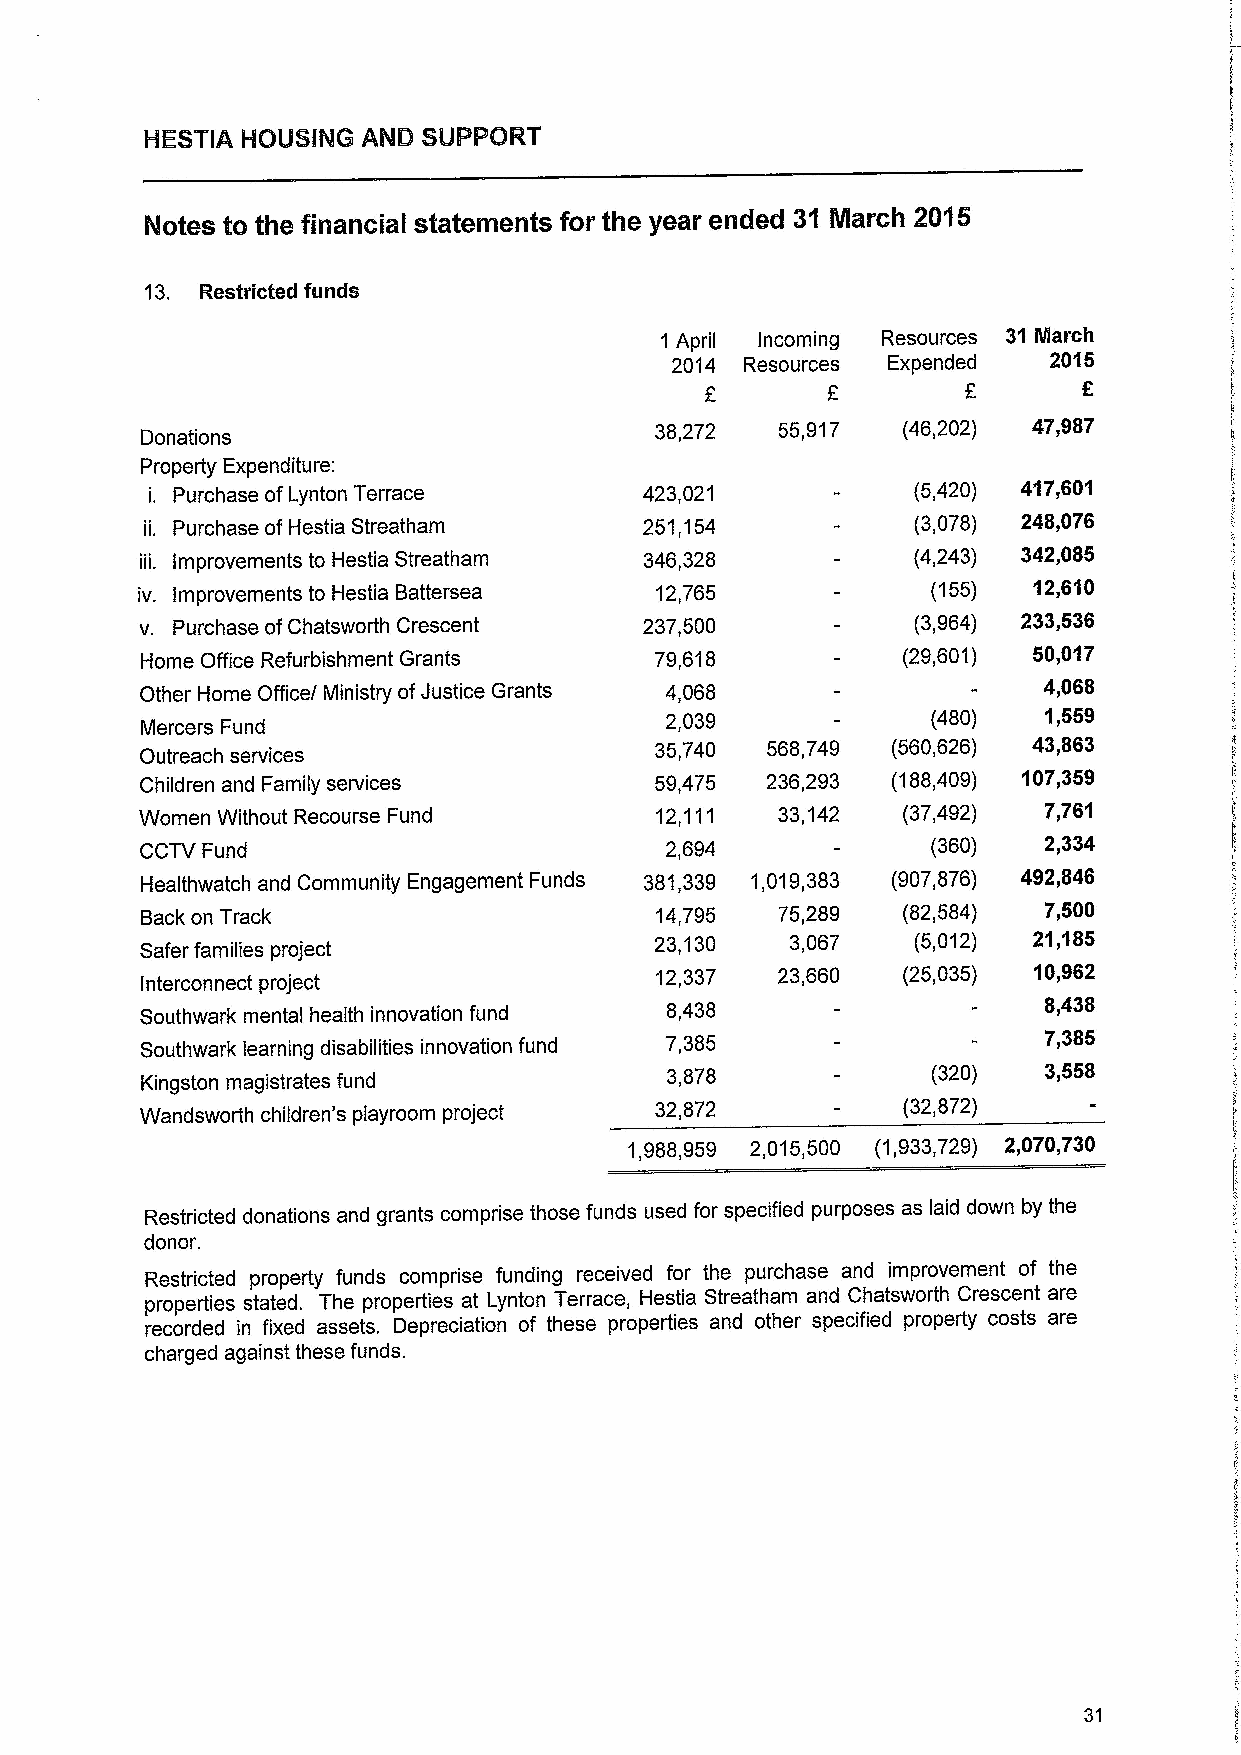
13. Restricted funds
 1 April Incoming Resources 31 March
 2014 Resources Expended  2015
 E
 Donations
 38,272  55,917   (46,202) 47,987
 Property Expenditure:
 i. Purchase ofLynton Terrace     423,021          (5,420) 417,601
 Purchase of Hestia Streatham    251,154          (3,078) 248,076
 iii. Improvements to Hestia Streatham 346,328      (4,243) 342„085
 iv. Improvements to Hestia Battersea 12,765          (155) 12,610
 v. Purchase ofChatsworth Crescent 237,500          (3,964) 233,536
 Home Office Refurbishment Grants  79,618           (29,601) 50,017
 Other Home Office/ Ministry ofJustice Grants 4,068          4,068
 Mercers Fund
 2,039             (480)  1,559
 Outreach services                 35,740  568,749 (560,626) 43,863
 Children and Family services      59,475  236,293 (188,409) 107,359
 Women Without Recourse Fund       12,111  33,142   (37,492) 7,761
 CCTV Fund                          2,694             (360)  2,334
 Healthwatch and Community Engagement Funds 381,339 1,019,383 (907,876) 492,846
 Backon Track                      14,795  75,289   (82,584) 7,500
 Safer families project
 23,130   3,067    (5,012) 21,185
 Interconnect project
 12,337  23,660   (25,035) 10,962
 Southwark mental health innovation fund 8,438               8,438
 Southwark learning disabilities innovation fund 7,385       7,385
 Kingston magistrates fund
 3,878             (320)  3,558
 Wandsworth children's playroom project 32,872      (32,872)
 1,988,959 2,015,500 (1,933,729) 2,070,730
 Restricted donations and grants comprise those funds used for specified purposes as laid down by the
 donor.
 Restricted property funds comprise funding received for the purchase and improvement of the
 properties stated. The properties at Lynton Terrace, Hestia Streatham and Chatsworth Crescent are
 recorded in fixed assets. Depreciation of these properties and other specified property costs are
 charged against these funds.